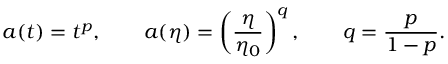
a ( t ) = t ^ { p } , \qquad a ( \eta ) = \left( \frac { \eta } { \eta _ { 0 } } \right) ^ { q } , \qquad q = \frac { p } { 1 - p } .